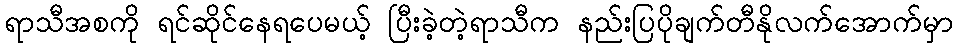
ရာသီအစကို ရင်ဆိုင်နေရပေမယ့် ပြီးခဲ့တဲ့ရာသီက နည်းပြပိုချက်တီနိုလက်အောက်မှာ